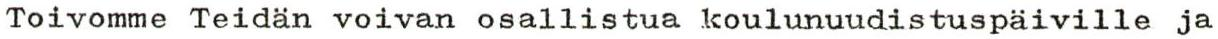
Toivomme Teidän voivan osallistua koulunuudistuspäiville ja